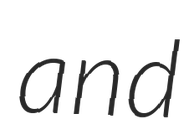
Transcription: and